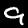
Label: 9